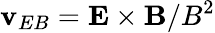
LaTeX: \mathbf{v}_{EB}=\mathbf{E}\times\mathbf{B}/B^{2}